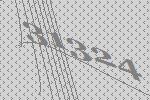
31324